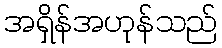
အရှိန်အဟုန်သည်